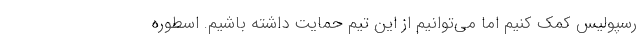
رسپولیس کمک کنیم اما می‌توانیم از این تیم حمایت داشته باشیم. اسطوره